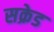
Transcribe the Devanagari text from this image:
सक्रेड